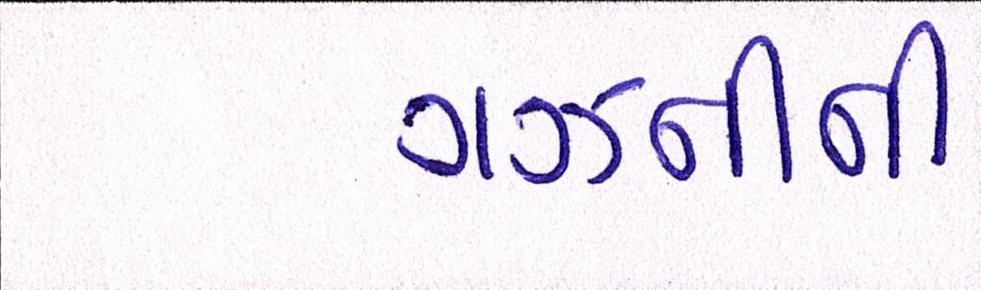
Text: ગઝનીની